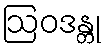
ဩဝဒန္တု